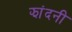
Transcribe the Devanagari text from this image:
झांदनी